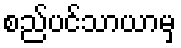
စည်ပင်သာယာမှ